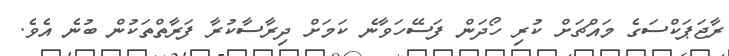
ރާޖަޕަކްސަގެ މައްޗަށް ކުރި ހޯދަން ފަސޭހަވާނެ ކަމަށް ދިރާސާކުރާ ފަރާތްތަކުން ބުނެ އެވެ.